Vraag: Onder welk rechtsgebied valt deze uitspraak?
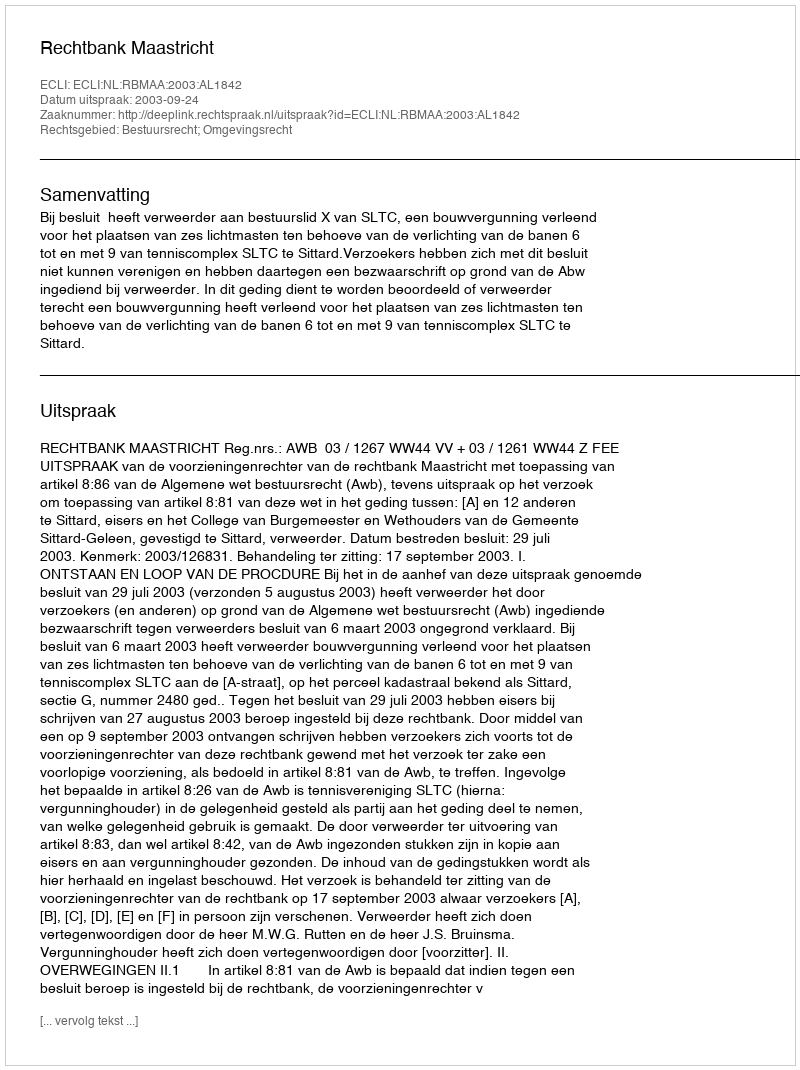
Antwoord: Bestuursrecht; Omgevingsrecht